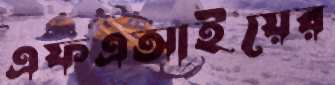
এফএআইয়ের